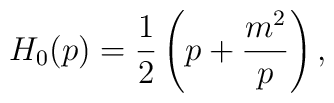
H_{0}(p)=\frac 12\left (p+\frac {m^2}{p}\right ) ,